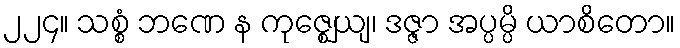
၂၂၄။ သစ္စံ ဘဏေ န ကုဇ္ဈေယျ၊ ဒဇ္ဇာ အပ္ပမ္ပိ ယာစိတော။